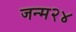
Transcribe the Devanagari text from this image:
जन्म२४